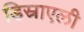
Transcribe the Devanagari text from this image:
डिस्राएली